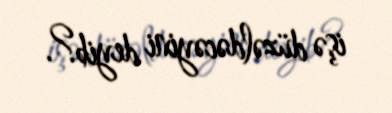
işə düzəldəcəyini deyib?.